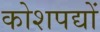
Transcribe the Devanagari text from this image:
कोशपद्यों